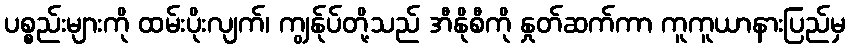
ပစ္စည်းများကို ထမ်းပိုးလျက်၊ ကျွန်ုပ်တို့သည် အီနိုစီကို နှုတ်ဆက်ကာ ကူကူယာနားပြည်မှ